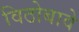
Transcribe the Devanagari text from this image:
विठोबावे